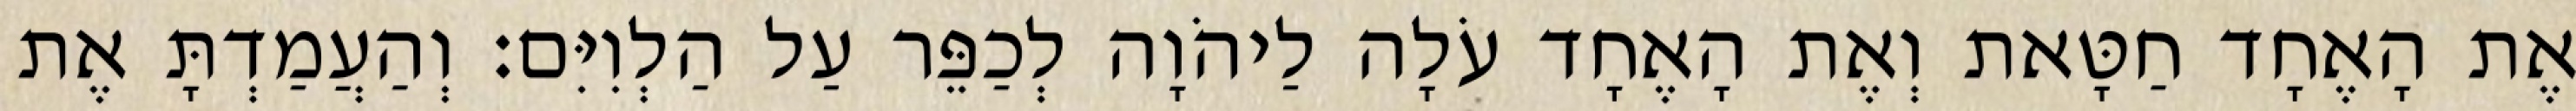
אֶת הָאֶחָד חַטָּאת וְאֶת הָאֶחָד עֹלָה לַיהֹוָה לְכַפֵּר עַל הַלְוִיִּם׃ וְהַעֲמַדְתָּ אֶת